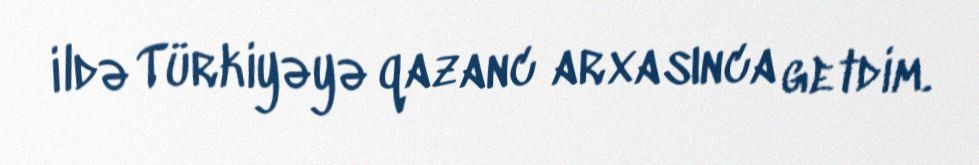
ildə Türkiyəyə qazanc arxasınca getdim.